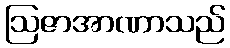
ဩဇာအာဏာသည်